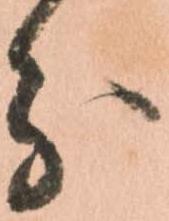
分